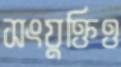
সংযুক্তিও